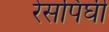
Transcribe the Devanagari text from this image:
रेसपिघी